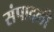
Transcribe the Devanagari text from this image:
संपादली